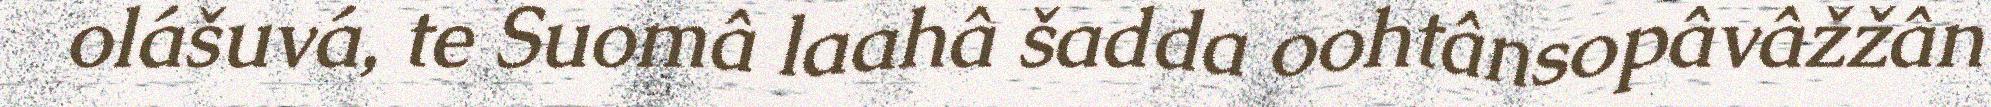
olášuvá, te Suomâ laahâ šadda oohtânsopâvâžžân